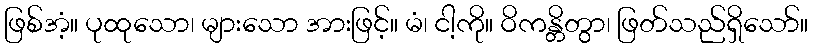
ဖြစ်အံ့။ ပုထုသော၊ များသော အားဖြင့်။ မံ၊ ငါ့ကို။ ဝိကန္တိတွာ၊ ဖြတ်သည်ရှိသော်။